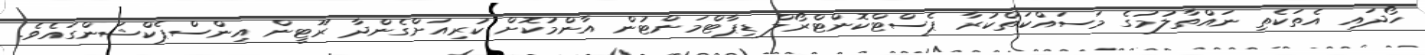
ހޯދައި އެތަކެތި ނައްތާލުމުގެ މަސައްކަތްކުރާ ޕެސްޓްކޮންޓްރޯލް ޑިޕާޓްމަންޓުން އާންމުކޮށް ކުރިއަށްގެންދާ ރޫޓީން އިންސްޕެކްޝަންގައެވެ.